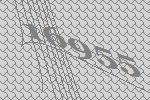
16955